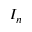
I _ { n }